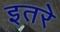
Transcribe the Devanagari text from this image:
इतरे